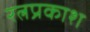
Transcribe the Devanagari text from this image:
रत्नप्रकाश